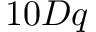
1 0 D q